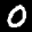
Label: 0